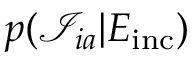
p ( { \mathcal I } _ { i a } | E _ { \mathrm { i n c } } )